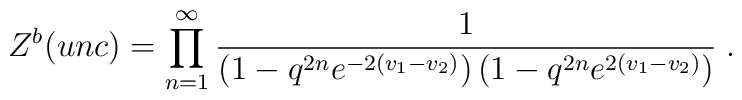
Z^b(unc)=\prod_{n=1}^{\infty}\frac 1{\left(1 - q^{2n} e^{-2(v_1 - v_2)} \right) \left(1 - q^{2n} e^{2(v_1 - v_2)} \right)}\;.